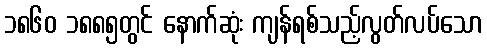
၁၈၆၀ ၁၈၈၅တွင် နောက်ဆုံး ကျန်ရစ်သည့်လွတ်လပ်သော